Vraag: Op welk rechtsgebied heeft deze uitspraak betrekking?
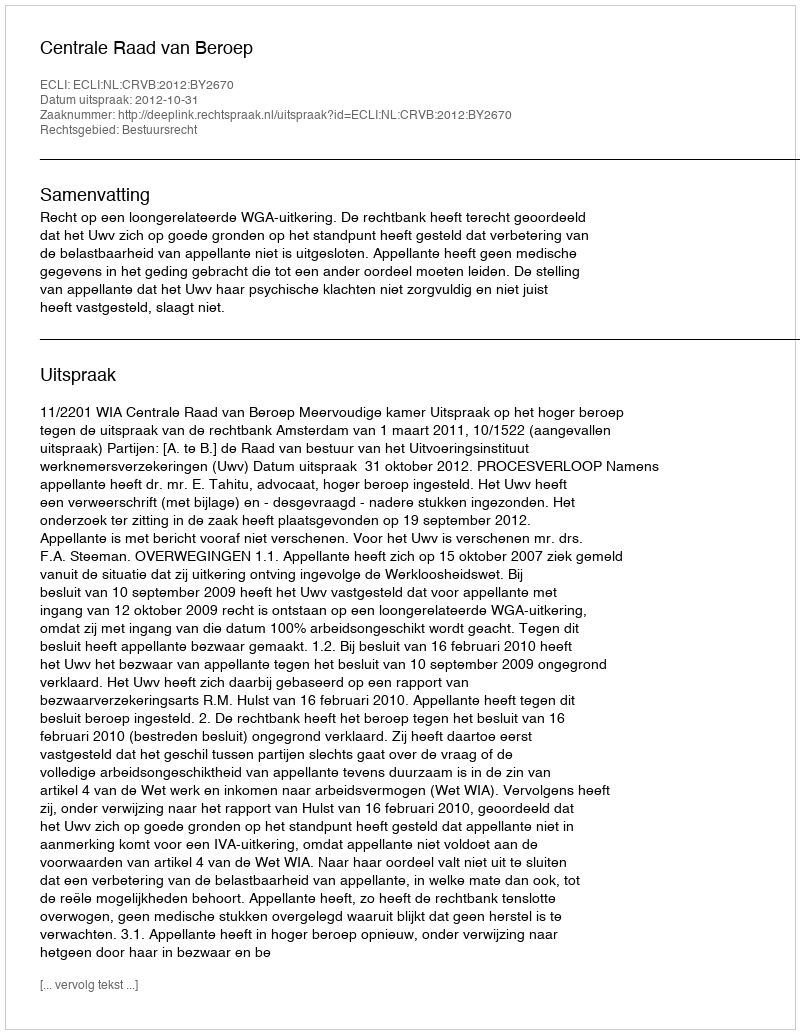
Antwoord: Bestuursrecht